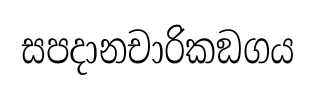
සපදානචාරිකඞගය